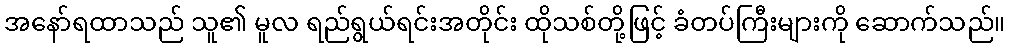
အနော်ရထာသည် သူ၏ မူလ ရည်ရွယ်ရင်းအတိုင်း ထိုသစ်တို့ဖြင့် ခံတပ်ကြီးများကို ဆောက်သည်။